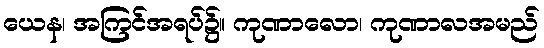
ယေန၊ အကြင်အရပ်၌။ ကုဏာလော၊ ကုဏာလအမည်